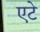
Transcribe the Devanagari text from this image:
एटे